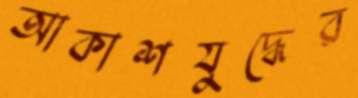
আকাশযুদ্ধের